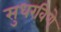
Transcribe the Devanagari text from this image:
सुधरविणे